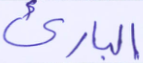
البارئ